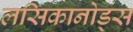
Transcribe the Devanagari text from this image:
लसिकानोड्स